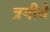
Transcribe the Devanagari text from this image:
त्रयीचे